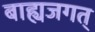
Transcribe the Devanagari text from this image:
बाह्यजगत्